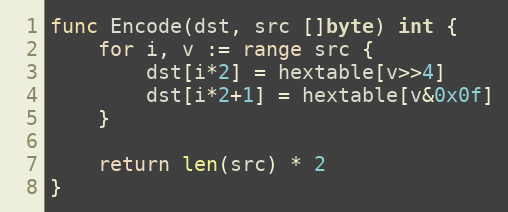
Language: Go
func Encode(dst, src []byte) int {
	for i, v := range src {
		dst[i*2] = hextable[v>>4]
		dst[i*2+1] = hextable[v&0x0f]
	}

	return len(src) * 2
}